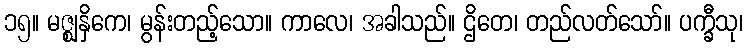
၁၅။ မဇ္ဈနှိကေ၊ မွန်းတည့်သော။ ကာလေ၊ အခါသည်။ ဌိတေ၊ တည်လတ်သော်။ ပက္ခီသု၊